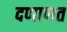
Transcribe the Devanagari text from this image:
दणाणत